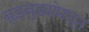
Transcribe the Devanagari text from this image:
बुडबुड्यांमधून